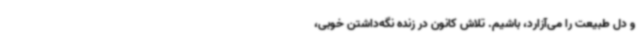
و دل طبیعت را می‌آزارد، باشیم. تلاش کانون در زنده نگه‌داشتن خوبی،